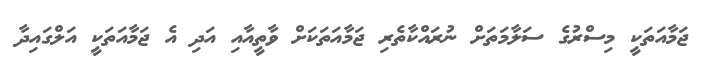
ޖަމާއަތަކީ މިސްރުގެ ސަލާމަތަށް ނުރައްކާތެރި ޖަމާއަތަކަށް ވާތީއާއި އަދި އެ ޖަމާއަތަކީ އަލްގައިދާ